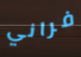
فراني